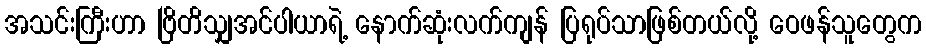
အသင်းကြီးဟာ ဗြိတိသျှအင်ပါယာရဲ့ နောက်ဆုံးလက်ကျန် ပြရုပ်သာဖြစ်တယ်လို့ ဝေဖန်သူတွေက